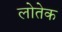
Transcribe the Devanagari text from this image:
लोतेक